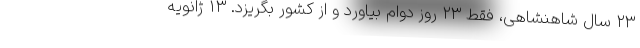
۲۳ سال شاهنشاهی، فقط ۲۳ روز دوام بیاورد و از کشور بگریزد. ۱۳ ژانویه